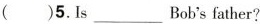
()5.Is ___ Bob's father?